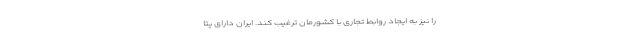
را نیز به ایجاد روابط تجاری با کشورمان ترغیب کند. ایران دارای پتا